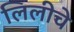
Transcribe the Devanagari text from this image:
लिलीचे